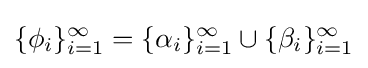
\{\phi _{i}\}_{i=1}^{\infty }=\{\alpha _{i}\}_{i=1}^{\infty }\cup \{\beta _{i}\}_{i=1}^{\infty }